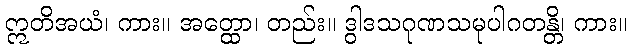
ဣတိအယံ၊ ကား။ အတ္ထော၊ တည်း။ ဒွါဒသဂုဏသမုပါဂတန္တိ၊ ကား။